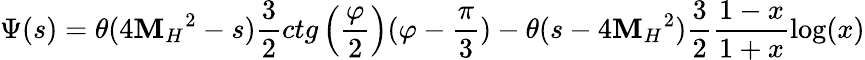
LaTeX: \Psi(s)=\theta(4{\mathbf{M}_{H}}^{2}-s)\frac{{3}}{{2}}ctg\left(\frac{{\varphi}}{{2}}\right)(\varphi-\frac{{\pi}}{{3}})-\theta(s-4{\mathbf{M}_{H}}^{2})\frac{{3}}{{2}}\frac{{1-x}}{{1+x}}\log(x)